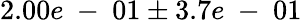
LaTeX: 2.00e\mathrm{~-~}01\pm 3.7e\mathrm{~-~}01